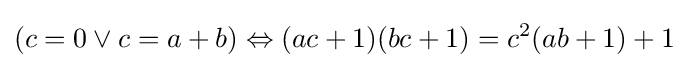
(c=0\lor c=a+b)\Leftrightarrow (ac+1)(bc+1)=c^{2}(ab+1)+1